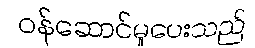
ဝန်ဆောင်မှုပေးသည်